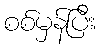
စစ်မှန်ပြီး